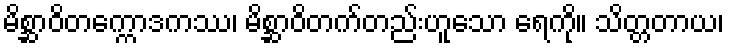
မိစ္ဆာဝိတက္ကောဒကဿ၊ မိစ္ဆာဝိတက်တည်းဟူသော ရေကို။ သိတ္တတာယ၊